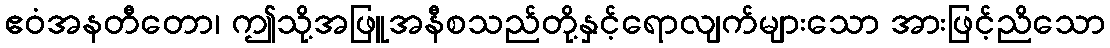
ဧဝံအနတီတော၊ ဤသို့အဖြူအနီစသည်တို့နှင့်ရောလျက်များသော အားဖြင့်ညိသော